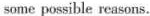
some possible reasons.